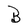
Character: B